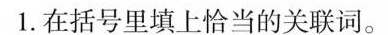
1.在括号里填上恰当的关联词。